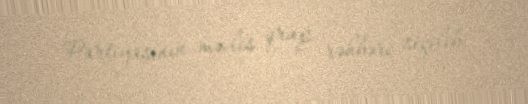
Partiyasının məclis qrup rəhbəri seçilib.